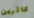
كاثرين